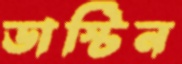
ডাস্টিন